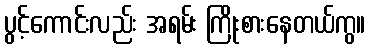
ပွင့်ကောင်းလည်း အရမ်း ကြိုးစားနေတယ်ကွ။